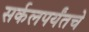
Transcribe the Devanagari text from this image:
सर्कलपर्यंतचे